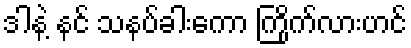
ဒါနဲ့ နင် သနပ်ခါးကော ကြိုက်လားဟင်